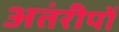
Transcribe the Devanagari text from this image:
अतंरीपों